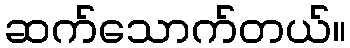
ဆက်သောက်တယ်။